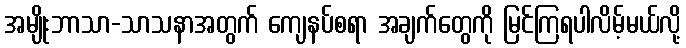
အမျိုးဘာသာ-သာသနာအတွက် ကျေနပ်စရာ အချက်တွေကို မြင်ကြရပါလိမ့်မယ်လို့